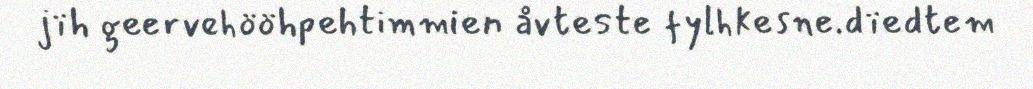
jïh geervehööhpehtimmien åvteste fylhkesne.dïedtem